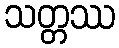
သတ္တဿ